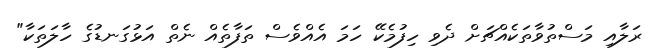
ރަލާއި މަސްތުވާތަކެއްޗަށް ދެވި ހިފުމެކޭ ހަމަ އެއްވެސް ތަފާތެއް ނެތް އަޅުގަނޑުގެ ހާލަތަކާ"